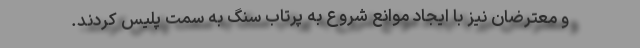
و معترضان نیز با ایجاد موانع شروع به پرتاب سنگ به سمت پلیس کردند.